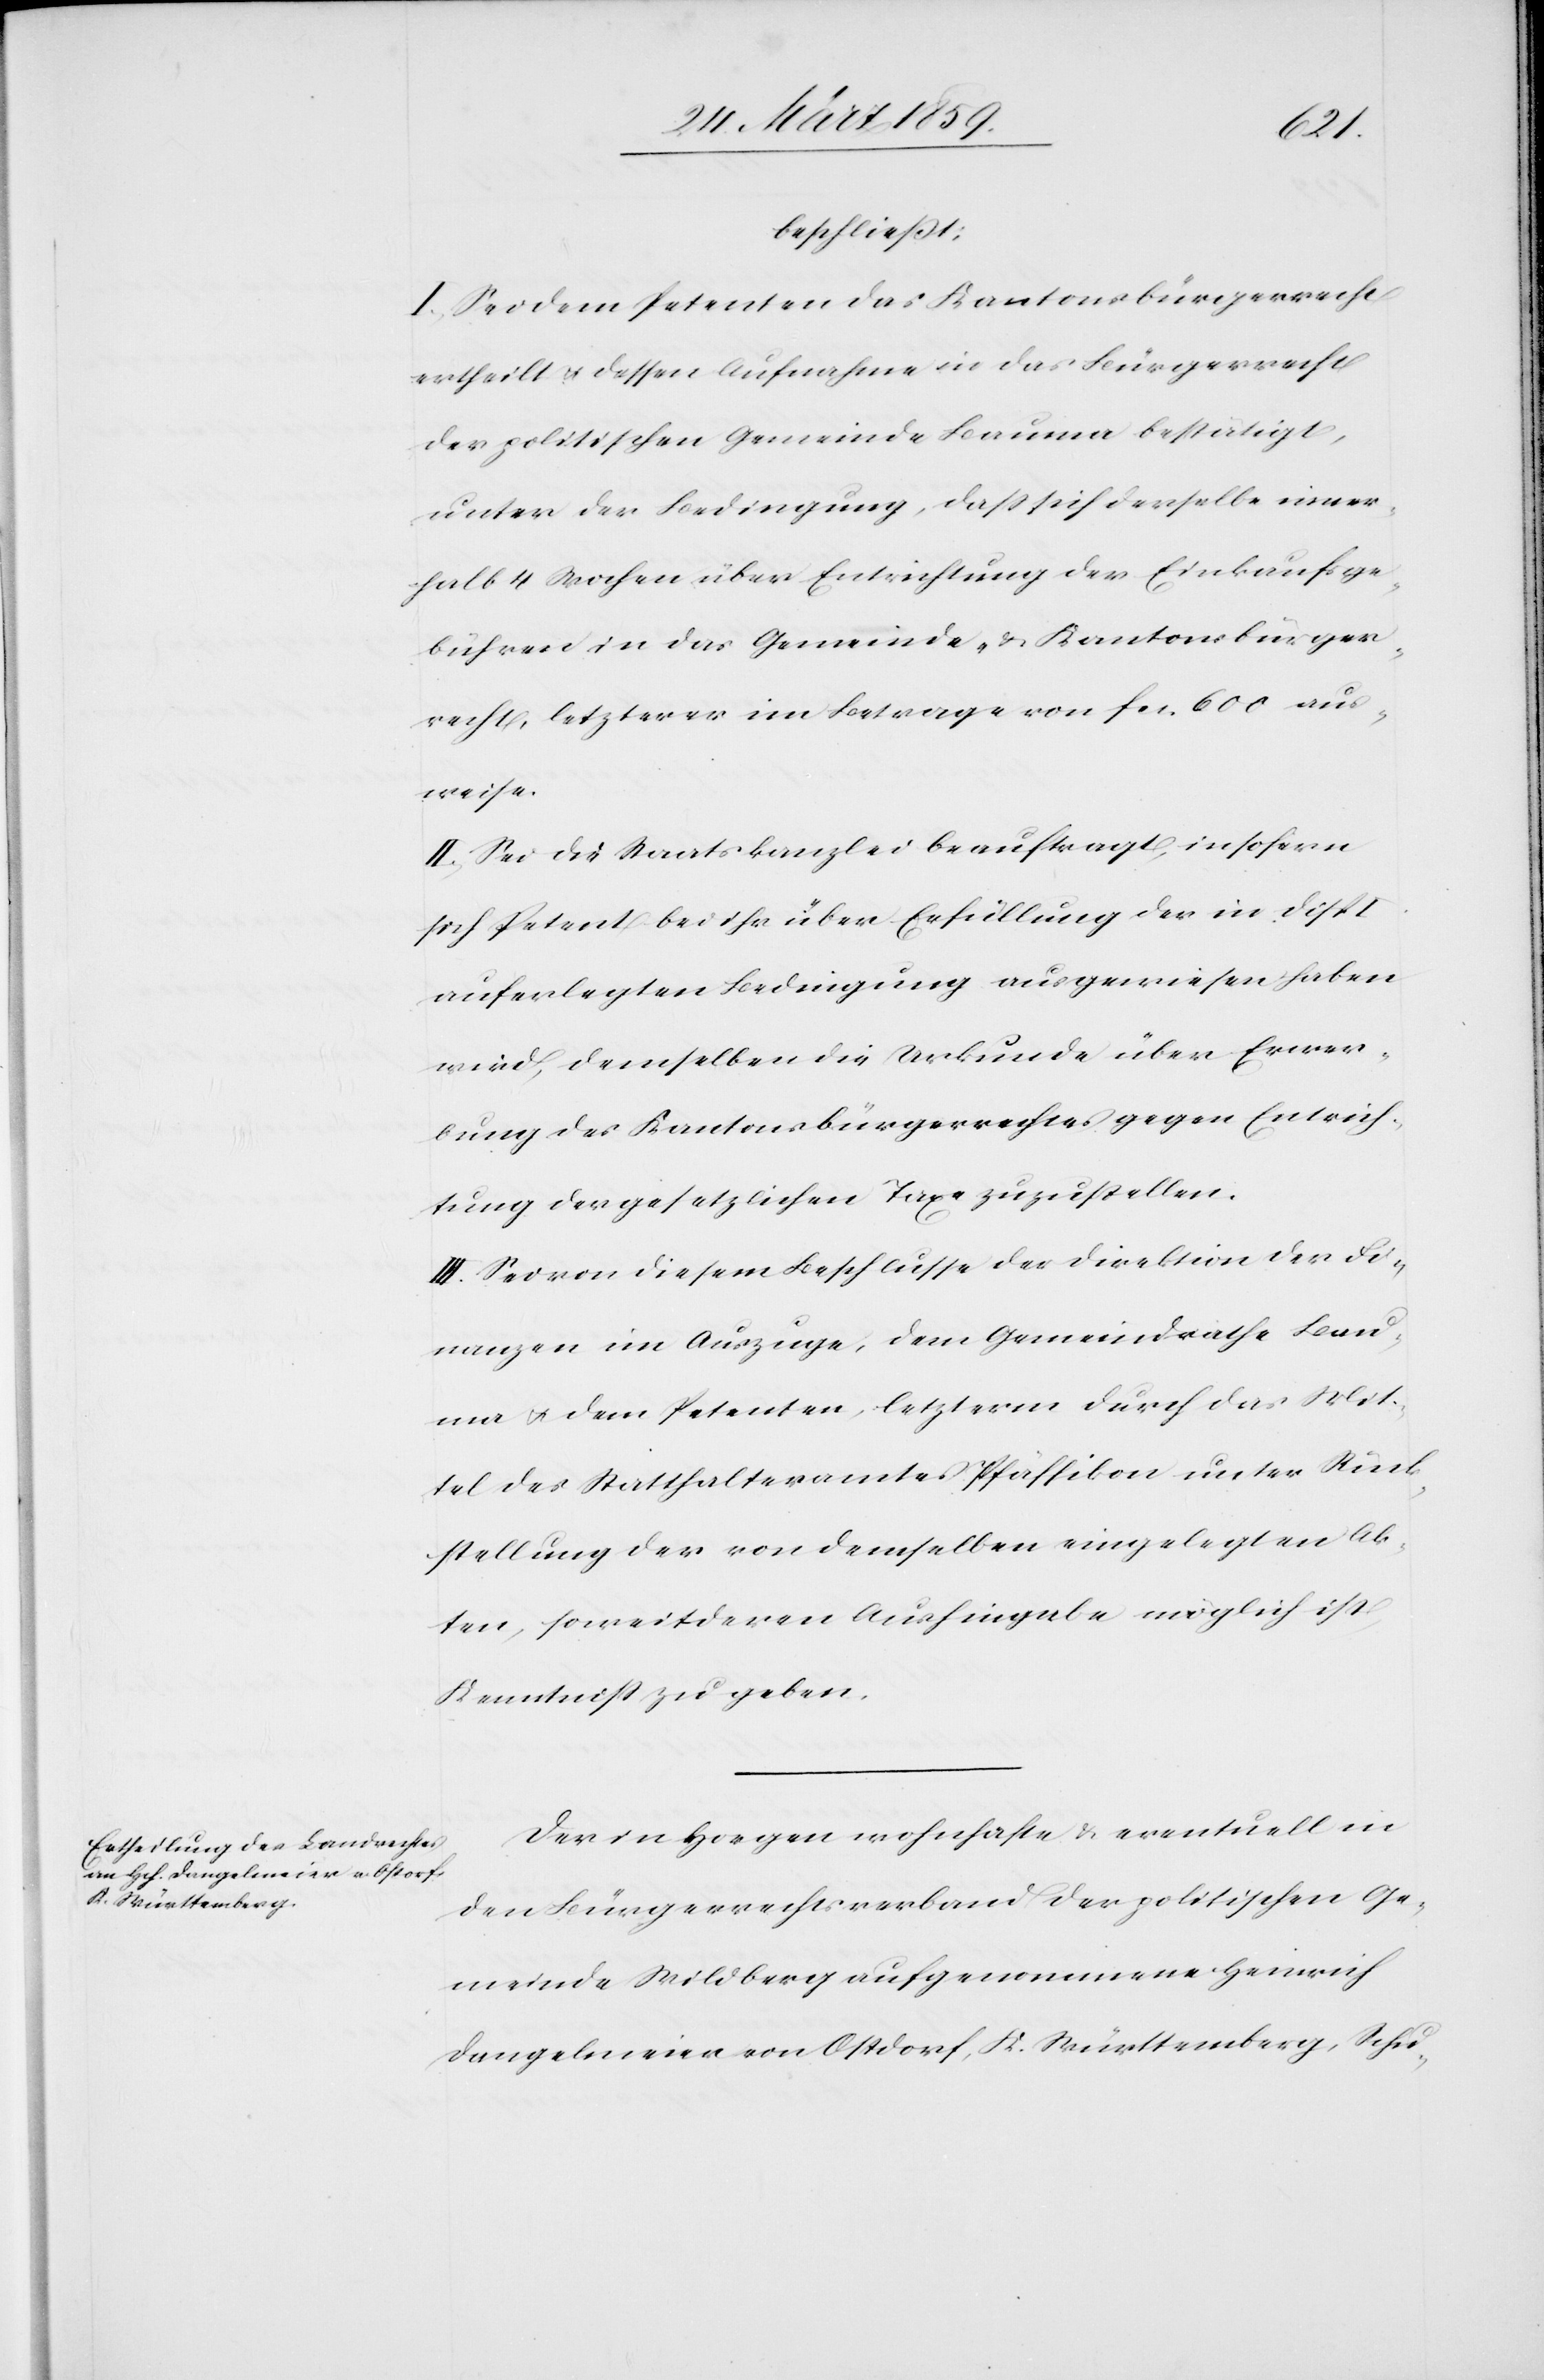
beschließt:
I. Sei dem Petenten das Kantonsbürgerrecht
ertheilt u. dessen Aufnahme in das Bürgerrecht
der politischen Gemeinde Bauma bestätigt,
unter der Bedingung, daß sich derselbe inner¬
halb 4 Wochen über Entrichtung der Einkaufsge¬
bühren in das Gemeinde- & Kantonsbürger¬
recht, letzterer im Betrage von fcs. 600 aus¬
weise.
II. Sei die Staatskanzlei beauftragt, insofern
sich Petent bei ihr über Erfüllung der in Disp.
auferlegten Bedingung ausgewiesen haben
wird, demselben die Urkunde über Erwer¬
bung des Kantonsbürgerrechtes gegen Entrich¬
tung der gesetzlichen Taxe zuzustellen.
III. Sei von diesem Beschlusse der Direktion der Fi¬
nanzen im Auszuge, dem Gemeindrathe Bau¬
ma u. dem Petenten, letzterm durch das Mit¬
tel des Statthalteramtes Pfäffikon unter Rück¬
stellung der von demselben eingelegten Ak¬
ten, soweit deren Aushingabe möglich ist,
Kenntniß zu geben.
Der in Horgen wohnhafte & eventuell in
den Bürgerrechtsverband der politischen Ge¬
meinde Wildberg aufgenommene Heinrich
Dangelmeier von Ostdorf, K. Württemberg, Schu-